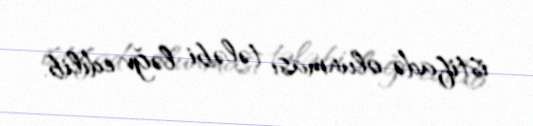
istifadə olunması tələbi ləğv edilib.